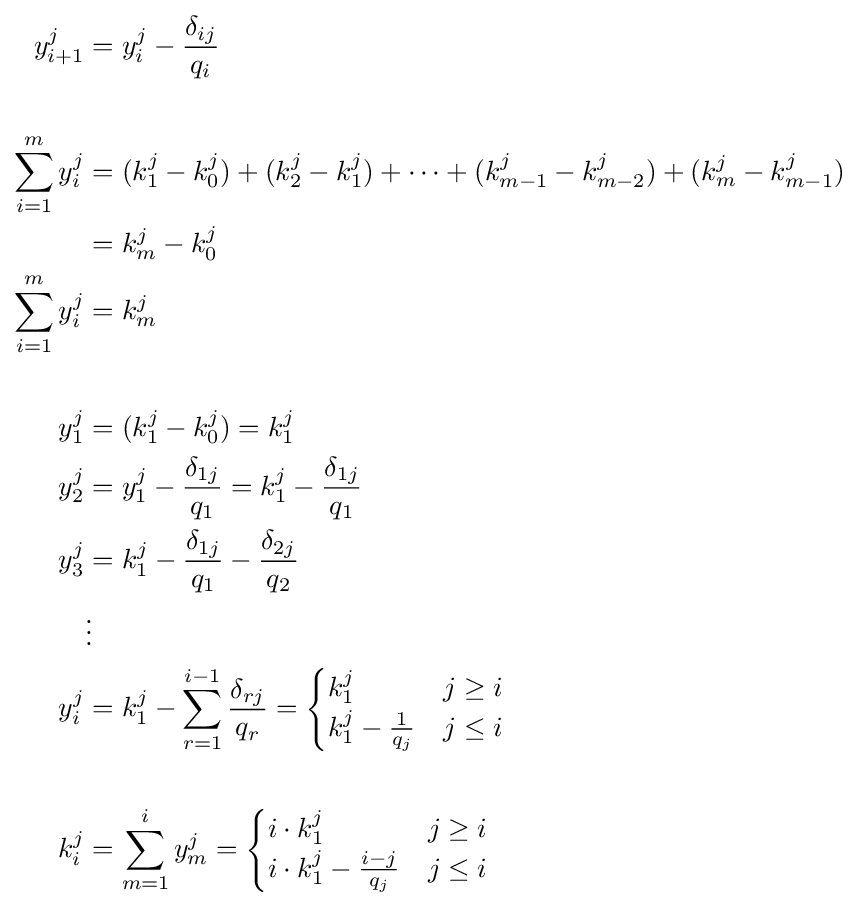
{\begin{aligned}y_{i+1}^{j}&=y_{i}^{j}-{\frac {\delta _{ij}}{q_{i}}}\\\\\sum _{i=1}^{m}y_{i}^{j}&=(k_{1}^{j}-k_{0}^{j})+(k_{2}^{j}-k_{1}^{j})+\cdots +(k_{m-1}^{j}-k_{m-2}^{j})+(k_{m}^{j}-k_{m-1}^{j})\\&=k_{m}^{j}-k_{0}^{j}\\\sum _{i=1}^{m}y_{i}^{j}&=k_{m}^{j}\\\\y_{1}^{j}&=(k_{1}^{j}-k_{0}^{j})=k_{1}^{j}\\y_{2}^{j}&=y_{1}^{j}-{\frac {\delta _{1j}}{q_{1}}}=k_{1}^{j}-{\frac {\delta _{1j}}{q_{1}}}\\y_{3}^{j}&=k_{1}^{j}-{\frac {\delta _{1j}}{q_{1}}}-{\frac {\delta _{2j}}{q_{2}}}\\&\vdots \\y_{i}^{j}&=k_{1}^{j}-\sum _{r=1}^{i-1}{\frac {\delta _{rj}}{q_{r}}}={\begin{cases}k_{1}^{j}&j\geq i\\k_{1}^{j}-{\frac {1}{q_{j}}}&j\leq i\end{cases}}\\\\k_{i}^{j}&=\sum _{m=1}^{i}y_{m}^{j}={\begin{cases}i\cdot k_{1}^{j}&j\geq i\\i\cdot k_{1}^{j}-{\frac {i-j}{q_{j}}}&j\leq i\end{cases}}\end{aligned}}